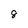
Character: 8